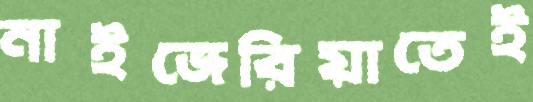
নাইজেরিয়াতেই